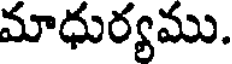
మాధుర్యము.